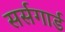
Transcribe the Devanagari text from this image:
सर्सगार्ड